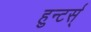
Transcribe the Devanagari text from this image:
हुन्टर्स्